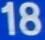
18